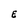
Character: E